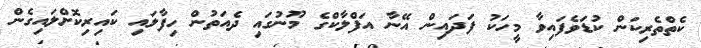
ކެތްތެރިކަން ކުޑަވެފައިވާ މީހަކު ފަދައިން އޭނާ އަފްލާކްގެ މޫނުގައި ދެއަތުން ހިފާލައި ކައިރިކޮށްލައިގެން